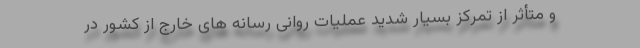
و متأثر از تمرکز بسیار شدید عملیات روانی رسانه های خارج از کشور در